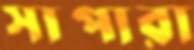
সাপারা